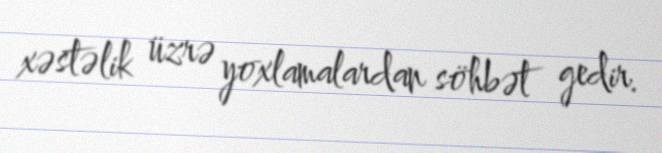
xəstəlik üzrə yoxlamalardan söhbət gedir.